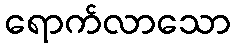
ရောက်လာသော